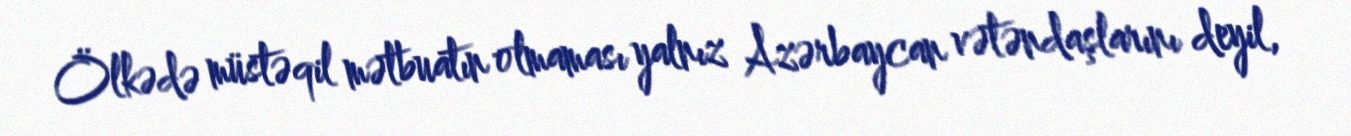
Ölkədə müstəqil mətbuatın olmaması yalnız Azərbaycan vətəndaşlarını deyil,